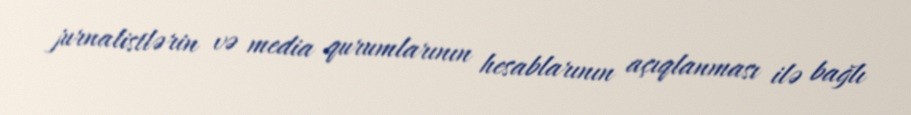
jurnalistlərin və media qurumlarının hesablarının açıqlanması ilə bağlı